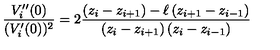
\frac { V _ { i } ^ { \prime \prime } ( 0 ) } { ( V _ { i } ^ { \prime } ( 0 ) ) ^ { 2 } } = 2 \frac { \left( z _ { i } - z _ { i + 1 } \right) - \ell \left( z _ { i + 1 } - z _ { i - 1 } \right) } { \left( z _ { i } - z _ { i + 1 } \right) \left( z _ { i } - z _ { i - 1 } \right) }